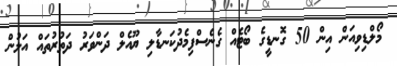
މޯލްޑިވިއަން އިން 50 ގޮނޑީގެ ބޯޓެއް ގެނެސްފިމެދުކަނޑާލި ޔޫއެލް ދަންވަރު ދަތުރުތައް އަލުން